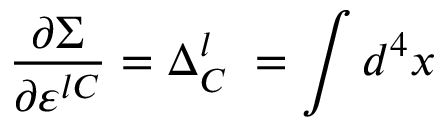
\frac { \partial \Sigma } { \partial \varepsilon ^ { l C } } = \Delta _ { C } ^ { l } \; = \int d ^ { 4 } x